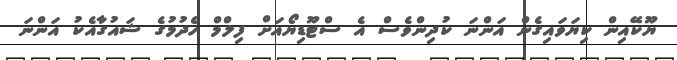
ޔޫކޭއިން ކިޔަވައިގެން އަންނަ ކުދިންވެސް އެ ސްޓޫޑިޔޯއަށް ފިލްމް ހެދުމުގެ ޝައުގާއެކު އަންނަ